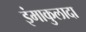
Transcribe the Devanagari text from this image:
इंमाकुलादा